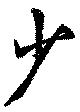
少